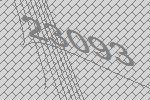
23093